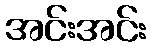
အင်းအင်း